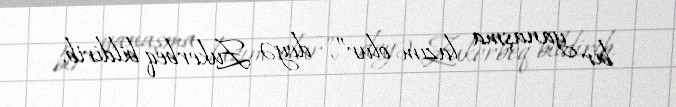
bir yanaşma lazım olur”, - deyə Zukerbeq bildirib.